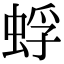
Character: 蜉